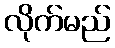
လိုက်မည်